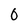
Character: 0